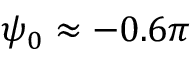
\psi _ { 0 } \approx - 0 . 6 \pi